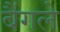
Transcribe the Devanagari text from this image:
बैंगले